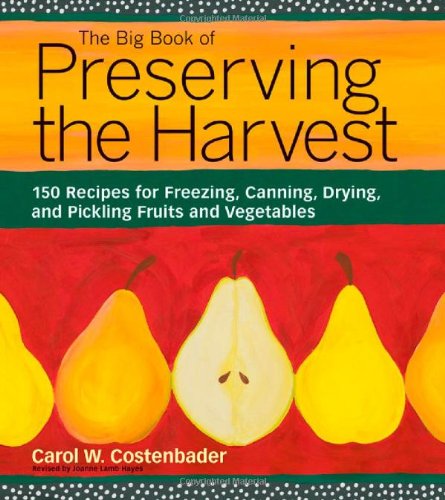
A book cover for The Big Book of Preserving the Harvest: 150 Recipes for Freezing, Canning, Drying and Pickling Fruits and Vegetables; Carol W. Costenbader; Cookbooks, Food & Wine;